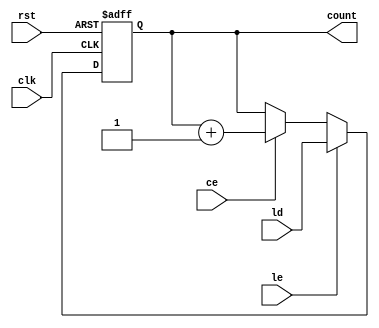
module loadable_counter (
    input wire clk,        // Clock input
    input wire rst,        // Reset input
    input wire ce,         // Count Enable
    input wire le,         // Load Enable
    input wire [3:0] ld,   // Load Value input (4-bit)
    output reg [3:0] count // Current Count output (4-bit)
);

// Always block triggered on the rising edge of the clock
always @(posedge clk or posedge rst) begin
    if (rst) begin
        // Reset the counter to 0 when rst is high
        count <= 4'b0000;
    end else if (le) begin
        // Load the specified value when le is high
        count <= ld;
    end else if (ce) begin
        // Increment the count when ce is high
        count <= count + 1;
    end
    // If neither le nor ce are high, the count retains its value
end

endmodule